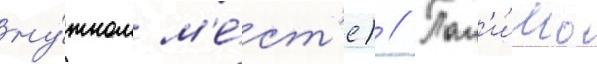
ну́жном м'е́ст'е) // Пом'и́мо